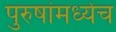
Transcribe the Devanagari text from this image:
पुरुषांमध्येच